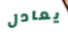
يعادل